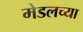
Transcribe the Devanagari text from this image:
मेडलच्या